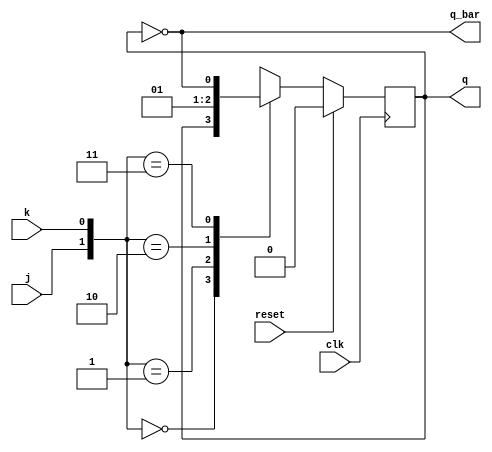
`timescale 1ns / 1ps
//////////////////////////////////////////////////////////////////////////////////
// Company: 
// Engineer: 
// 
// Design Name: 
// Module Name: jk_ff
// Project Name: 
// Target Devices: 
// Tool Versions: 
// Description: 
// 
// Dependencies: 
// 
// Revision:
// Revision 0.01 - File Created
// Additional Comments:
// 
//////////////////////////////////////////////////////////////////////////////////


module jk_ff(
    input j,
    input k,
    input clk,
    input reset,
    output reg q,
    output q_bar
    );
    always@(posedge clk)
    begin
    if(reset==1)
    q<='b0;
    else
    begin
        case({j,k})
        2'b00:q<=q;
        2'b01:q<='b0;
        2'b10:q<='b1;
        2'b11:q<=~q;
        endcase
    end
    end
   assign q_bar =~q;
endmodule